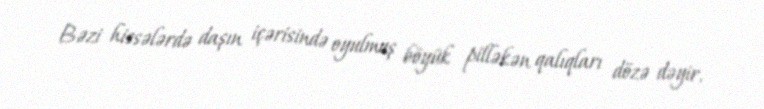
Bəzi hissələrdə daşın içərisində oyulmuş böyük pilləkən qalıqları dözə dəyir.